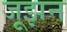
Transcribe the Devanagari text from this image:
जूझन